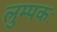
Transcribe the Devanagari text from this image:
लुम्पकः